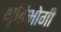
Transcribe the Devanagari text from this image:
भृतिभोगी